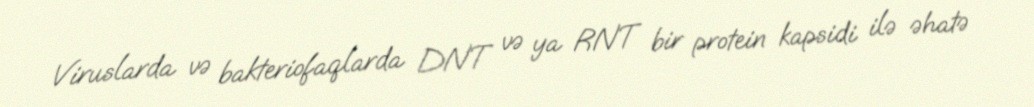
Viruslarda və bakteriofaqlarda DNT və ya RNT bir protein kapsidi ilə əhatə